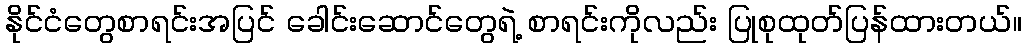
နိုင်ငံတွေစာရင်းအပြင် ခေါင်းဆောင်တွေရဲ့ စာရင်းကိုလည်း ပြုစုထုတ်ပြန်ထားတယ်။